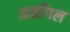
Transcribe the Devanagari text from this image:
आतींगल